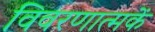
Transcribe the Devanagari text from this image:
विवरणात्मकें